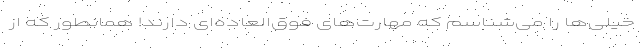
خیلی‌ها را می‌شناسم که مهارت‌های فوق‌العاده‌ای دارند! همانطور که از